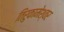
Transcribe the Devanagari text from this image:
तिरुकामेश्वर